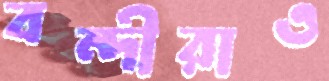
বন্দীরাও